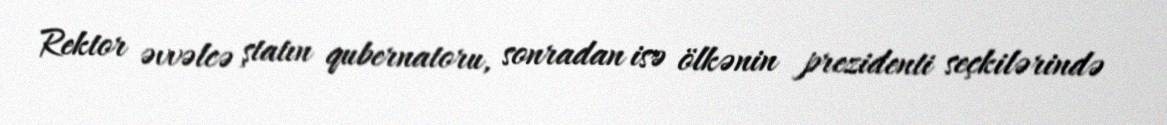
Rektor əvvəlcə ştatın qubernatoru, sonradan isə ölkənin prezidenti seçkilərində